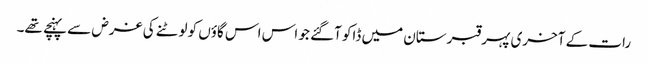
رات کے آخری پہر قبرستان میں ڈاکو آگئے جو اس اس گاؤں کو لوٹنے کی غرض سے پہنچے تھے۔